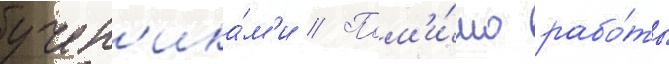
учен'ика́м'и // Пом'и́мо рабо́ты